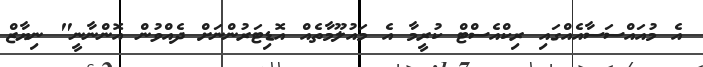
އެ މުއައްސަސާއެއްގައި ރިކްއެސްޓް ކުރީމާ އެ މައުލޫމާތެއް އޮޑިޓަރުންނަށް ދެއްވުން އޮންނާނީ" ނިޔާޒް